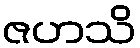
ဇဟသိ